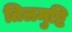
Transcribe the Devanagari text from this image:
तिलमुष्टि